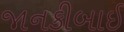
જાનકીબાઈ